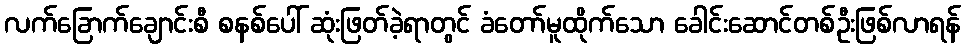
လက်ခြောက်ချောင်းစီ စနစ်ပေါ် ဆုံးဖြတ်ခဲ့ရာတွင် ခံတော်မူထိုက်သော ခေါင်းဆောင်တစ်ဦးဖြစ်လာရန်